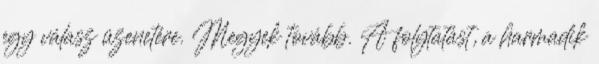
egy válasz üzenetére. Megyek tovább. A folytatást, a harmadik